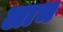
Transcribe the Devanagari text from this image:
लाभ